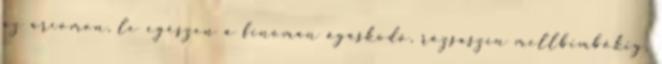
az arcomon, le egészen a finoman ágaskodó, rózsaszín mellbimbókig.